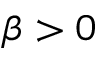
\beta > 0